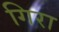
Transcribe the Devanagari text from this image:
गिरा